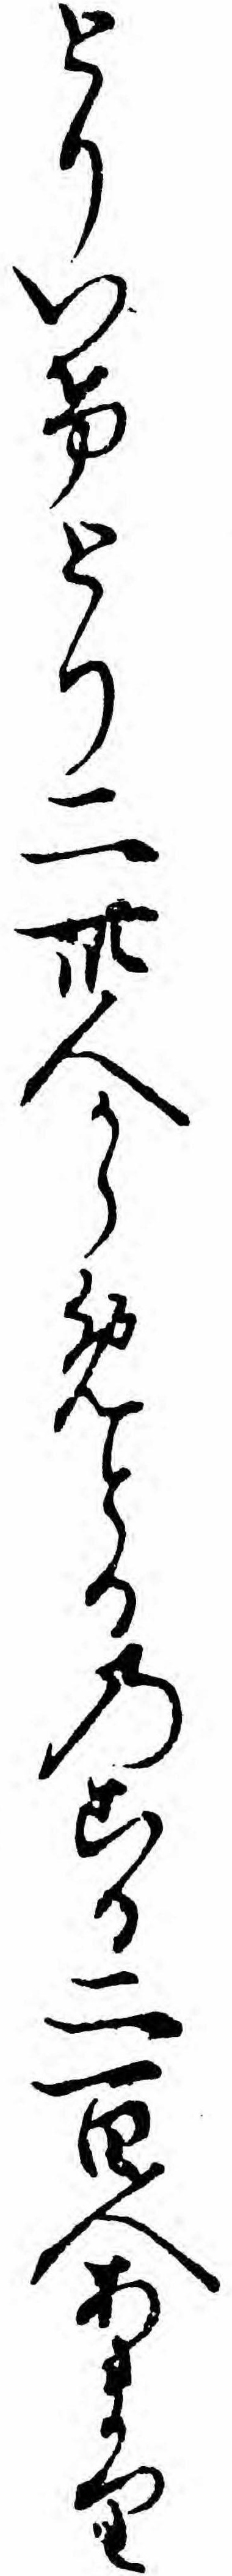
とりいけとり二卅人からめとるのこる二百人あまり